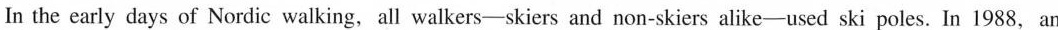
In the early days of Nordic walking, all walkers-skiers and non-skiers alike-used ski poles. In 1988，an